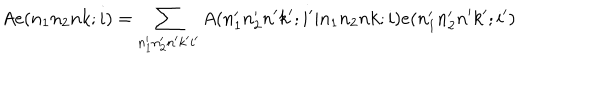
LaTeX: A e ( n _ { 1 } n _ { 2 } n k ; i ) = \sum _ { n _ { 1 } ^ { \prime } n _ { 2 } ^ { \prime } n ^ { \prime } k ^ { \prime } i ^ { \prime } } A ( n _ { 1 } ^ { \prime } n _ { 2 } ^ { \prime } n ^ { \prime } k ^ { \prime } ; i ^ { \prime } | n _ { 1 } n _ { 2 } n k ; i ) e ( n _ { 1 } ^ { \prime } n _ { 2 } ^ { \prime } n ^ { \prime } k ^ { \prime } ; i ^ { \prime } )